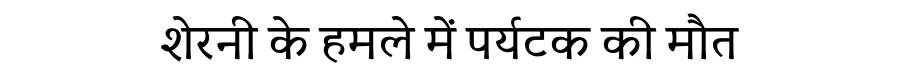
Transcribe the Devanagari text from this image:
शेरनी के हमले में पर्यटक की मौत